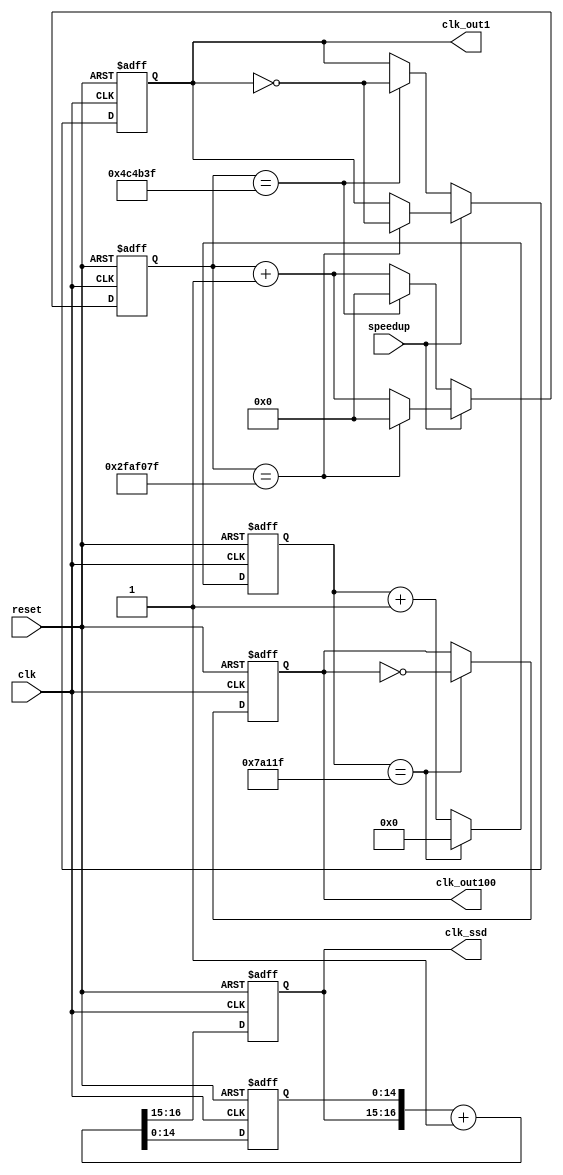
// `timescale 1ns / 1ps
//////////////////////////////////////////////////////////////////////////////////
// Company: 
// Engineer: 
// 
// Design Name: 
// Module Name: count50M
// Project Name: 
// Target Devices: 
// Tool Versions: 
// Description: 
// 
// Dependencies: 
// 
// Revision:
// Revision 0.01 - File Created
// Additional Comments:
// 
//////////////////////////////////////////////////////////////////////////////////

`define FRQ1 26'd4999_9999
`define FRQ1BIT 26
`define FRQ10 26'd0499_9999
`define FRQ100 19'd49_9999
`define FRQ100BIT 19

module clock_generator(reset, clk, speedup, clk_out1, clk_out100, clk_ssd);
    input reset, clk, speedup;
    output clk_out1, clk_out100;
    output [1:0] clk_ssd;

    reg [`FRQ1BIT - 1:0] q1, q1_temp;
    reg [`FRQ100BIT - 1:0] q100, q100_temp;
    reg f1_tem, clk_out1, f100_tem, clk_out100;
    reg [16:0] temp_count; // input node to flip flops
    reg [14:0] count;
    reg [1:0] clk_ssd;
    
    // Combination
    always @* begin
        if (speedup) begin
            if (q1 == `FRQ1) begin
                q1_temp = `FRQ1BIT'd0;
                f1_tem = ~clk_out1;
            end
            else begin
                q1_temp = q1 + 1'b1;
                f1_tem = clk_out1;
            end
        end
        else begin
            if (q1 == `FRQ10) begin
                q1_temp = `FRQ1BIT'd0;
                f1_tem = ~clk_out1;
            end
            else begin
                q1_temp = q1 + 1'b1;
                f1_tem = clk_out1;
            end
        end
    end
    
    always @* begin
        if (q100 == `FRQ100) begin
            q100_temp = `FRQ100BIT'd0;
            f100_tem = ~clk_out100;
        end
        else begin
            q100_temp = q100 + 1'b1;
            f100_tem = clk_out100;
        end
    end
    always @*
        temp_count = {clk_ssd, count} + 1'b1;
    
    // Sequential 
    always @(posedge clk or negedge reset)
        if (~reset) q1 <= `FRQ1BIT'd0;
        else    q1 <= q1_temp;
    always @(posedge clk or negedge reset)
        if (~reset) clk_out1 <= 1'b0;
        else clk_out1 <= f1_tem;
    always @(posedge clk or negedge reset)
        if (~reset) q100 <= `FRQ100BIT'd0;
        else    q100 <= q100_temp;
    always @(posedge clk or negedge reset)
        if (~reset) clk_out100 <= 1'b0;
        else clk_out100 <= f100_tem;
    always @(posedge clk or negedge reset)
        if (~reset)
            {clk_ssd, count} <= 0;
        else
            {clk_ssd, count} <= temp_count;
endmodule